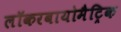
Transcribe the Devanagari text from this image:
लॉकरबायोमैट्रिक